Plague in India, 1896, 1897 - Volume 3
Year: 1896
Disease focus: Plague
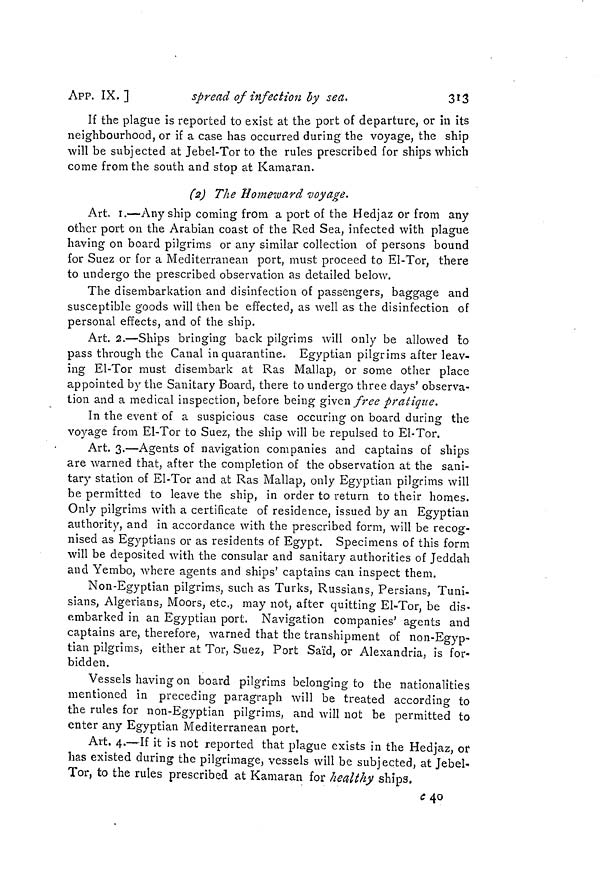
APP. IX.]
spread of infection by sea.
313
If the plague is reported to exist at the port of departure, or in its
neighbourhood, or if a case has occurred during the voyage, the ship
will be subjected at Jebel-Tor to the rules prescribed for ships which
come from the south and stop at Kamaran.
(2) The Homeward voyage.
Art. 1.—Any ship coming from a port of the Hedjaz or from any
other port on the Arabian coast of the Red Sea, infected with plague
having on board pilgrims or any similar collection of persons bound
for Suez or for a Mediterranean port, must proceed to El-Tor, there
to undergo the prescribed observation as detailed below.
The disembarkation and disinfection of passengers, baggage and
susceptible goods will then be effected, as well as the disinfection of
personal effects, and of the ship.
Art. 2.—Ships bringing back pilgrims will only be allowed to
pass through the Canal in quarantine. Egyptian pilgrims after leav-
ing El-Tor must disembark at Ras Mallap, or some other place
appointed by the Sanitary Board, there to undergo three days' observa-
tion and a medical inspection, before being given free pratique.
In the event of a suspicious case occuring on board during the
voyage from El-Tor to Suez, the ship will be repulsed to El-Tor.
Art. 3.—Agents of navigation companies and captains of ships
are warned that, after the completion of the observation at the sani-
tary station of El-Tor and at Ras Mallap, only Egyptian pilgrims will
be permitted to leave the ship, in order to return to their homes.
Only pilgrims with a certificate of residence, issued by an Egyptian
authority, and in accordance with the prescribed form, will be recog-
nised as Egyptians or as residents of Egypt. Specimens of this form
will be deposited with the consular and sanitary authorities of Jeddah
and Yembo, where agents and ships' captains can inspect them.
Non-Egyptian pilgrims, such as Turks, Russians, Persians, Tuni-
sians, Algerians, Moors, etc., may not, after quitting El-Tor, be dis-
embarked in an Egyptian port. Navigation companies' agents and
captains are, therefore, warned that the transhipment of non-Egyp-
tian pilgrims, either at Tor, Suez, Port Said, or Alexandria, is for-
bidden.
Vessels having on board pilgrims belonging to the nationalities
mentioned in preceding paragraph will be treated according to
the rules for non-Egyptian pilgrims, and will not be permitted to
enter any Egyptian Mediterranean port.
Art. 4.—If it is not reported that plague exists in the Hedjaz, or
has existed during the pilgrimage, vessels will be subjected, at Jebel-
Tor, to the rules prescribed at Kamaran for healthy ships.
C 40